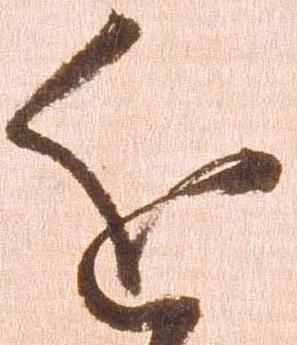
近